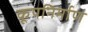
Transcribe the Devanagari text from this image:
कूपनिर्माण